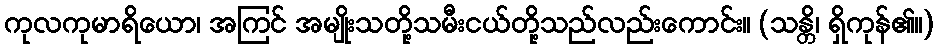
ကုလကုမာရိယော၊ အကြင် အမျိုးသတို့သမီးငယ်တို့သည်လည်းကောင်း။ (သန္တိ၊ ရှိကုန်၏။)